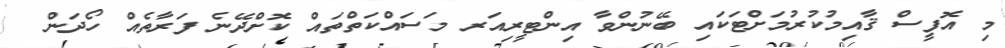
މި އޮފީސް ޤާއިމުކުރުމަށްޓަކައި ބޭނުންވާ އިންޓީރިއަރ މަސައްކަތްތައް ކޮށްދޭނެ ފަރާތެއް ހޯދަން